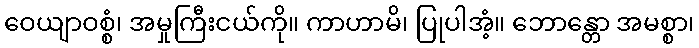
ဝေယျာဝစ္စံ၊ အမှုကြီးငယ်ကို။ ကာဟာမိ၊ ပြုပါအံ့။ ဘောန္တော အမစ္စာ၊